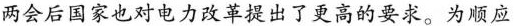
两会后国家也对电力改革提出了更高的要求。为顺应